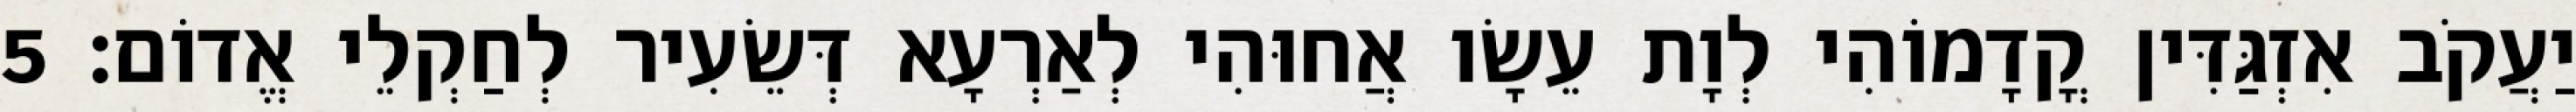
יַעֲקֹב אִזְגַּדִּין קֳדָמוֹהִי לְוָת עֵשָׂו אֲחוּהִי לְאַרְעָא דְּשֵׂעִיר לְחַקְלֵי אֱדוֹם׃ 5